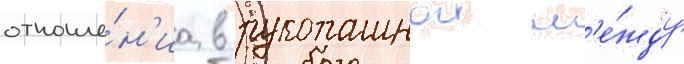
отноше́н'иа в рукопашнои м'е́жду